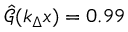
\hat { \mathcal { G } } ( k _ { \Delta } x ) = 0 . 9 9